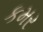
કમર